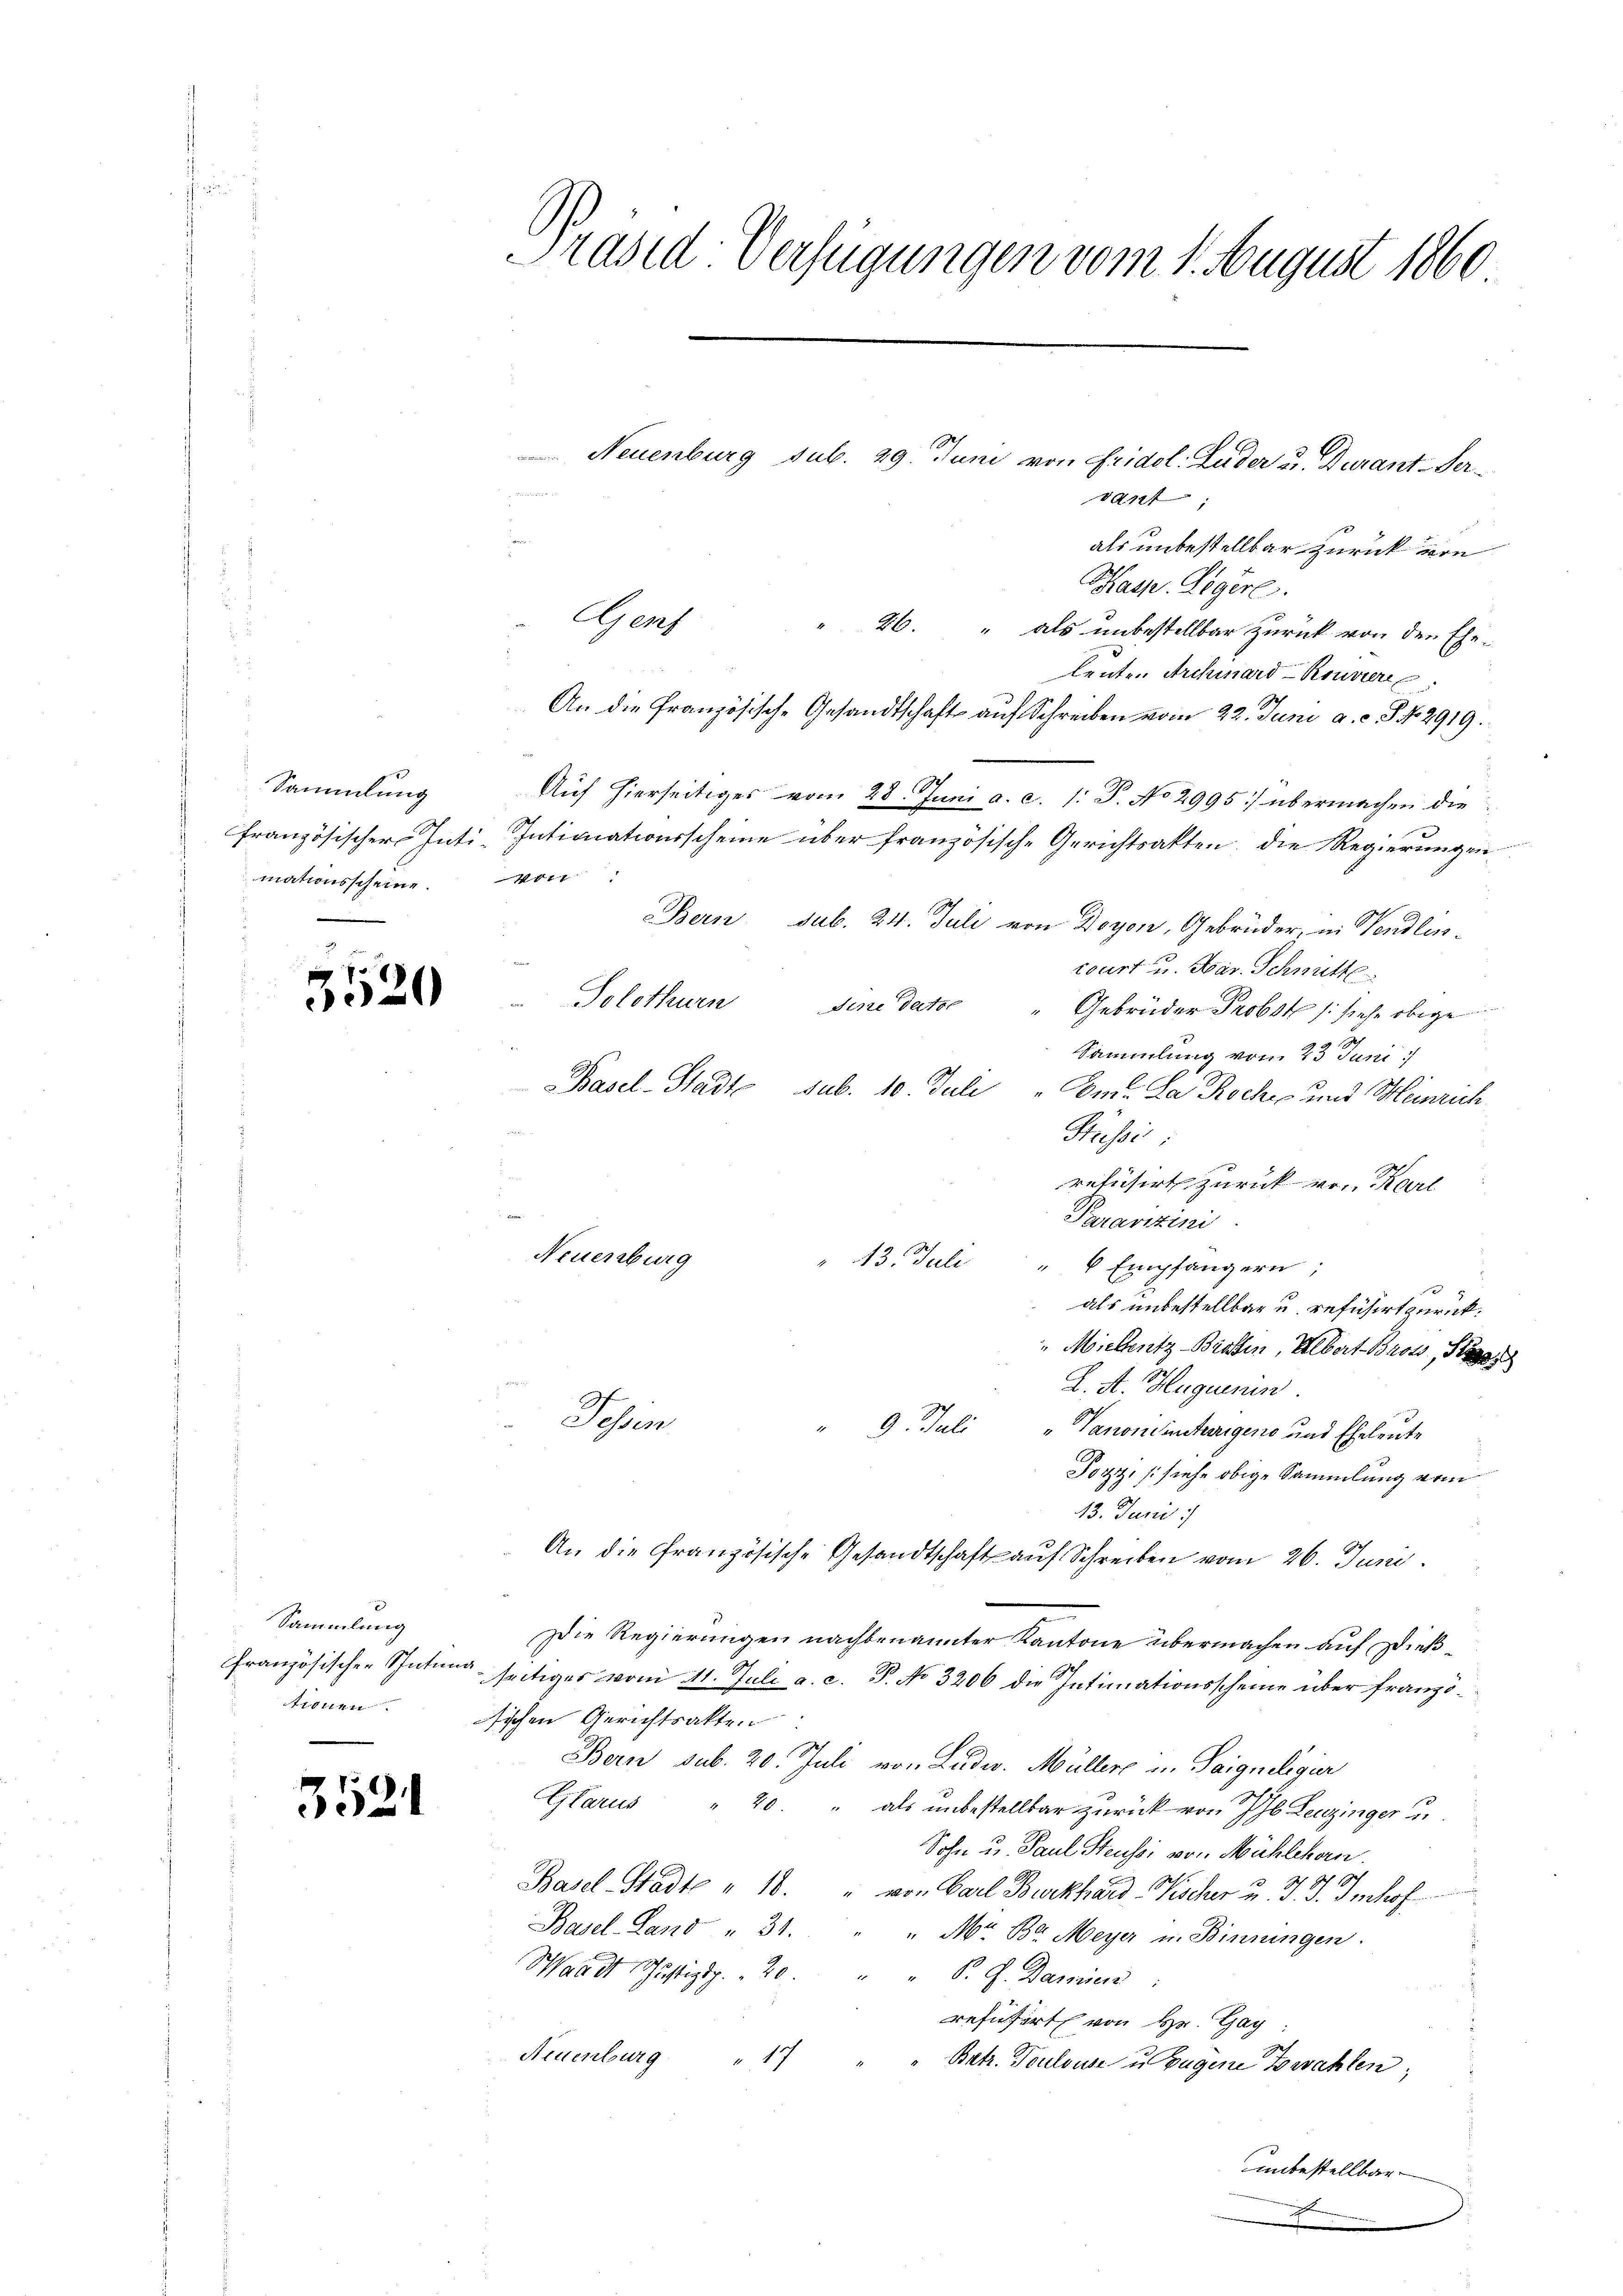
Sammlung
französischers Inti-
mationsscheine.

.

520

Sammlung
französischen Stütung
Arten

3521

Präsid. Verfügungen vom 1. August 1860

Neuenburg sub. 29. Juni von Fridol. Luder u. durant-Vere
1417
als unbestellbar zurück von
Kasp. Legerl.
Genf " 26. " als unbestellbar zurück von den Ehe-
leute. Archiard-Rouviere
An die Französische Gesandtschaft auf Schreiben vom 22. Juni a. c. S. 2919.
Auf hierseitiges vom 28. Juni a. c. 1: P. No 2995) übermachen die
Intimationsscheine über französisch-Gerichtsakten, die Regierungen
se
Bern sub. 24. Juli von Doyen, Gebrüder, in Wandluncourt u. Bar. Schnitte
¬
Solothurn sine dato " Gebrüder Probst (siehe obige
Sammlung vom 23 Juni:/
Basel-Stadte sub. 10. Juli
Om. La Roche und Meinrich
Htussi
refüsirt zurück von Karl
Deuavizini
Neuenburg
" 13. Juli
" 6 Empfängern;
2
als unbestellbar u. reführt zurück.
Miellentz Bratten, Albert Brots, S
L. St. Huguenin
Sehen
 9. Juli
Vanonisterigens und Eheleute
Pozzz, (siehe obige Sammlung vom
13. Juni :/
An die Französische Gesandtschaft auf Schreiben vom 26. Juni.
Die Regierungen nachbenannter Kantone übermachen auf Dießseitiges vom 11. Juli a. c. P. No 3206 die Intimationsscheine über franzötischen Gerichtsakten
Bern sub. 20. Juli von Ludw. Müller in Teigneligier
Glarus " 20. " als unbestellbar zurück von Ib Leuzinger u.
Sohn u. Paul Steussi von Mühlehorn.
Basel-Stadt " 18. " von Carl Burkhard Fischer u. J. J. Imhof
Basel-Land " 31. " " Mr. Br. Meyer u. Bindungen.
Waadt Justizsp. 20. P. G. Daniens
resufert von Hr. Hag
Neuenburg " 17
Betr. Toulouse u Eugene Bewahlen,
Innbestellbar
.